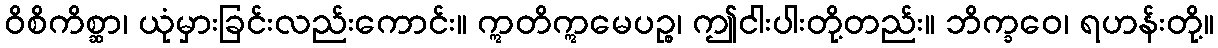
ဝိစိကိစ္ဆာ၊ ယုံမှားခြင်းလည်းကောင်း။ ဣတိဣမေပဉ္စ၊ ဤငါးပါးတို့တည်း။ ဘိက္ခဝေ၊ ရဟန်းတို့။